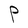
Character: P